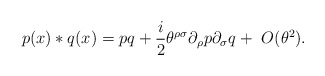
\begin{align*}p(x)*q(x)=pq+\frac{i}{2}\theta^{\rho\sigma}\partial_{\rho}p\partial_{\sigma}q+~O(\theta^{2}).\end{align*}